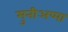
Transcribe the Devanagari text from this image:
मुनीअप्पा